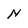
Character: N